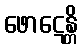
ဖောဋေန္တိ